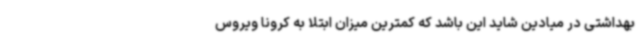
بهداشتی در میادین شاید این باشد که کمترین میزان ابتلا به کرونا ویروس